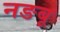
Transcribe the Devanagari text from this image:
नङबू